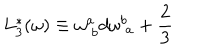
L _ { 3 } ^ { * } ( \omega ) \equiv \omega _ { \; b } ^ { a } d \omega _ { \; a } ^ { b } + \frac { 2 } { 3 }